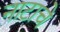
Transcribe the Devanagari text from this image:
नाटाचे